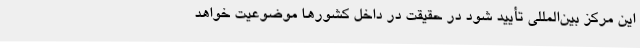
این مرکز بین‌المللی تأیید شود در حقیقت در داخل کشورها موضوعیت خواهد